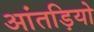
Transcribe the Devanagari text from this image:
आंतड़ियो